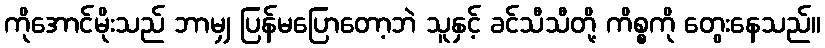
ကိုအောင်မိုးသည် ဘာမျှ ပြန်မပြောတော့ဘဲ သူနှင့် ခင်သီသီတို့ ကိစ္စကို တွေးနေသည်။